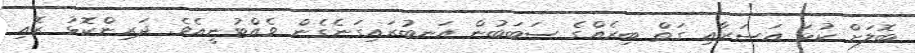
ބޮލަށް ކުޅަ އަސަރާއި ގަތް ބިރެއްގެ ސަބަބުން އަނބުރައިގަނެގެން ވެއްޓުނީއެވެ. ދަރިންކޮޅު ރޮއި